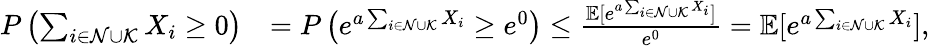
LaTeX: \begin{array}{rl}{P\left(\sum_{i\in\mathcal{N}\cup\mathcal{K}}X_{i}\geq 0\right)}&{=P\left(e^{a\sum_{i\in\mathcal{N}\cup\mathcal{K}}X_{i}}\geq e^{0}\right)\leq\frac{\mathbb{E}[e^{a\sum_{i\in\mathcal{N}\cup\mathcal{K}}X_{i}}]}{e^{0}}=\mathbb{E}[e^{a\sum_{i\in\mathcal{N}\cup\mathcal{K}}X_{i}}],}\end{array}